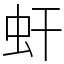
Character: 虷